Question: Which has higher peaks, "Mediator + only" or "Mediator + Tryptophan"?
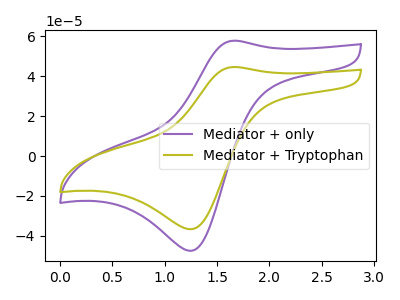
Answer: <think>The purple curve "Mediator + only" has an anodic peak at (1.65V, 57.85uA) and a cathodic peak at (1.25V, -47.50uA). The olive curve "Mediator + Tryptophan" has an anodic peak at (1.65V, 44.65uA) and a cathodic peak at (1.25V, -36.65uA).</think>
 <answer>Every peak in "Mediator + only" is higher than every peak in "Mediator + Tryptophan".</answer>
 <eval>higher</eval>